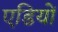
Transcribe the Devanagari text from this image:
एडियों